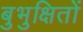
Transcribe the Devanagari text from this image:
बुभुक्षितों